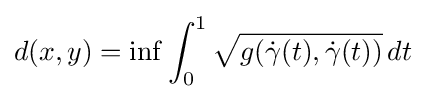
d(x,y)=\inf \int _{0}^{1}{\sqrt {g({\dot {\gamma }}(t),{\dot {\gamma }}(t))}}\,dt